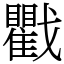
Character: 戵